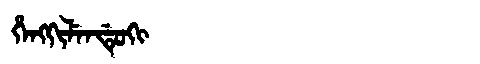
Manchu: ᡥᡝᠩᡴᡳᠯᡝᠨᡩᡠᡴᡳ
Romanization: HENGKILENDUKI